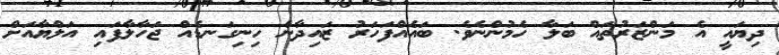
ދިޔައީ އެ މަންޒަރުތައް ބަލާ ހެމުންނެވެ. ބައެއްފަހަރު ޒައިދާން ހިނިގަނޑެއް ޖަހާލާފައި އަލްޔާއަށް